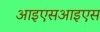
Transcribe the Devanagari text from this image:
आइएसआइएस